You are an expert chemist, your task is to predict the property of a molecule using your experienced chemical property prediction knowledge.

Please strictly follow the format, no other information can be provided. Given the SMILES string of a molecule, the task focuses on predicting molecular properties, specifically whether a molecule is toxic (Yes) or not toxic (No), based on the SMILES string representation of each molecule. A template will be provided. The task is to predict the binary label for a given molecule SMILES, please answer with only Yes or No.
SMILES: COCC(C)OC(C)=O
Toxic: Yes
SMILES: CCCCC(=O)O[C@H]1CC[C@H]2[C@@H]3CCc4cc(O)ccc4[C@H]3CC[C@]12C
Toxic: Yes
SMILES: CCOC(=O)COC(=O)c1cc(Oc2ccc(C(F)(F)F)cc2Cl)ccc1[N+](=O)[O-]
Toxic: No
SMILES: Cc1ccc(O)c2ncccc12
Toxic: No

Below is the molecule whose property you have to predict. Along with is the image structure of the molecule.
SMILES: CCN(CC)CCN
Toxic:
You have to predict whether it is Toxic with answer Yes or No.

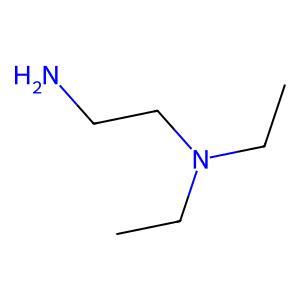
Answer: No